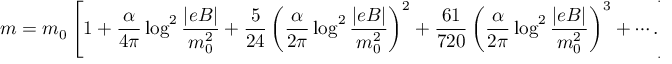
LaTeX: m = m _ { 0 } \left[ 1 + \frac { \alpha } { 4 \pi } \log ^ { 2 } \frac { | e B | } { m _ { 0 } ^ { 2 } } + \frac { 5 } { 2 4 } \left( \frac { \alpha } { 2 \pi } \log ^ { 2 } \frac { | e B | } { m _ { 0 } ^ { 2 } } \right) ^ { 2 } + \frac { 6 1 } { 7 2 0 } \left( \frac { \alpha } { 2 \pi } \log ^ { 2 } \frac { | e B | } { m _ { 0 } ^ { 2 } } \right) ^ { 3 } + \cdots . \right]